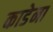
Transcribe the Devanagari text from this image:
काडेना